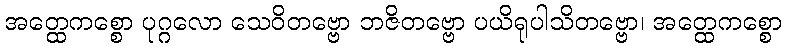
အတ္ထေကစ္စော ပုဂ္ဂလော သေဝိတဗ္ဗော ဘဇိတဗ္ဗော ပယိရုပါသိတဗ္ဗော၊ အတ္ထေကစ္စော